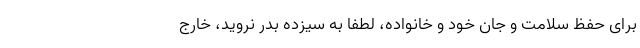
برای حفظ سلامت و جان خود و خانواده، لطفا به سیزده بدر نروید، خارج